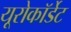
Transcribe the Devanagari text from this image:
यूरोकॉर्डेट